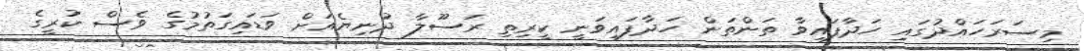
މިސަރަހައްދުގައި ހަދާފައިވާ ތަންތަން ހަދާފައިވަނީ ކީރިތި ރަސޫލާ ދުނިޔެއަށް ވަޑައިގަތުމުގެ ވެސް ކުރީގެ